Annual report of the Imperial Bacteriologist
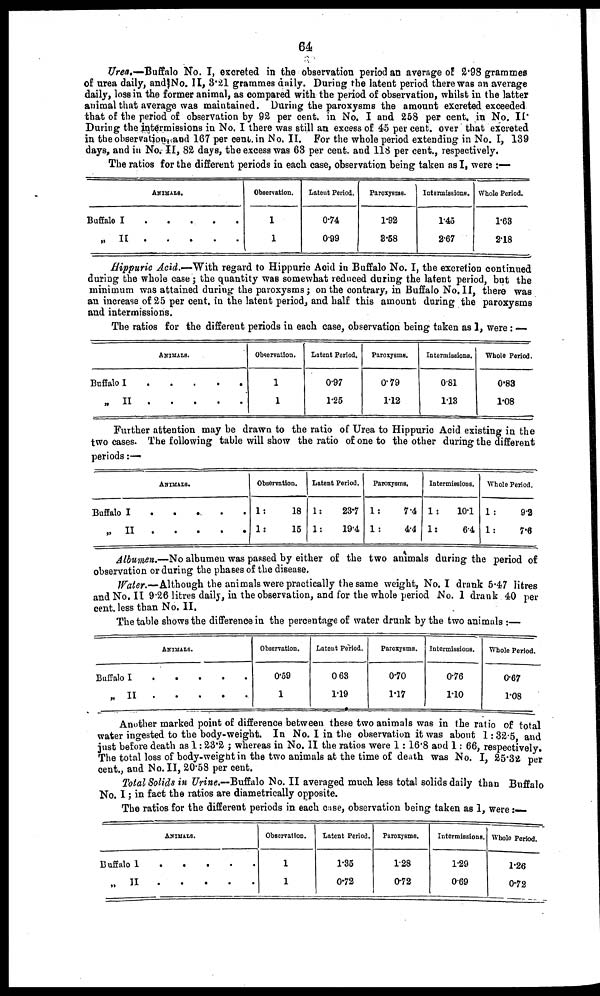
64
Urea.—Buffalo No. I, excreted in the observation period an average of 2.98 grammes
of urea daily, and No. II, 3.21 grammes daily. During the latent period there was an average
daily, loss in the former animal, as compared with the period of observation, whilst in the latter
animal that average was maintained. During the paroxysms the amount excreted exceeded
that of the period of observation by 92 per cent. in No. I and 258 per cent. in No. II.
During the intermissions in No. I there was still an excess of 45 per cent. over that excreted
in the observation and 167 per cent. in No. II. For the whole period extending in No. I, 139
days, and in No.II, 82 days, the excess was 63 per cent. and 118 per cent., respectively.
The ratios for the different periods in each case, observation being taken as I, were :—
ANIMALS.
Buffalo I
„
II
.
.
.
.
.
.
.
.
.
.
Observation.
1
1
Latent Period.
0.74
0.99
Paroxysms.
1.92
3.58
Intermissions.
1.45
2.67
Whole Period.
1.63
2.18
Hippuric Acid..—With regard to Hippuric Acid in Buffalo No. I, the excretion continued
during the whole case; the quantity was somewhat reduced during the latent period, but the
minimum was attained during the paroxysms; on the contrary, in Buffalo No. II, there was
an increase of 25 per cent. in the latent period, and half this amount during the paroxysms
and intermissions.
The ratios for the different periods in each case, observation being taken as 1, were: —
ANIMALS.
Buffalo I
„
II
.
.
.
.
.
.
.
.
.
.
Observation.
1
1
Latent Period.
0.97
1.25
Paroxysms.
0.79
1.12
Intermissions.
0.81
1.13
Whole Period.
0.83
1.08
Further attention may be drawn to the ratio of Urea to Hippuric Acid existing in the
two cases. The following table will show the ratio of one to the other during the different
periods:—
ANIMALS.
Buffalo I
„
II
.
.
.
.
.
.
.
.
.
.
Observation.
1:
18
1:
15
Latent Period.
1:
1:
23.7
19.4
Paroxysms.
1:
1:
7.4
4.4
Intermissions.
1:
1:
10.1
6.4
Whole Period.
1:
1:
9.2
7.6
Albumen.—No albumen was passed by either of the two animals during the period of
observation or during the phases of the disease.
Water.—Although the animals were practically the same weight, No. I drank 5.47 litres
and No. II 9.26 litres daily, in the observation, and for the whole period No. 1 drank 40 per
cent. less than No. II.
The table shows the difference in the percentage of water drunk by the two animals :—
ANIMALS
Buffalo I
„ II
.
.
.
.
.
.
.
.
.
.
Observation.
0.59
1
Latent Period.
0.63
1.19
Paroxysms.
0.70
1.17
Intermission.
0.76
1.10
Whole Period.
0.67
1.08
Another marked point of difference between these two animals was in the ratio of total
water ingested to the body-weight. In No. I in the observation it was about 1:32.5, and
just before death as 1:23.2 ; whereas in No. II the ratios were 1:16.8 and 1: 66, respectively.
The total loss of body-weight in the two animals at the time of death was No. I, 25.32 per
cent., and No. II, 20.58 per cent.
Total Solids in Urine.-Buffalo No. II averaged much less total solids daily than Buffalo
No. I; in fact the ratios are diametrically opposite.
The ratios for the different periods in each case, observation being taken as 1, were:-
ANIMALS.
Buffalo I
„
II
.
.
.
.
.
.
.
.
.
.
Observation.
1
1
Latent Period.
1.35
0.72
Paroxysms.
1.28
0.72
Intermissions.
1.29
0.69
Whole Period.
1.26
0.72